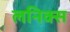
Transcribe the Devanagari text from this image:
लनिक्स